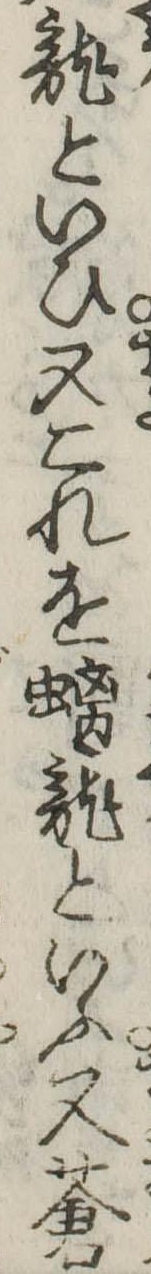
竜といひ又これを竜といふ又蒼